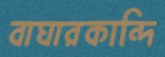
বাঘারকান্দি